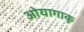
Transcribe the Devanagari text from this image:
ओयागाकू